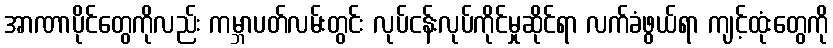
အာဏာပိုင်တွေကိုလည်း ကမ္ဘာပတ်လမ်းတွင်း လုပ်ငန်းလုပ်ကိုင်မှုဆိုင်ရာ လက်ခံဖွယ်ရာ ကျင့်ထုံးတွေကို